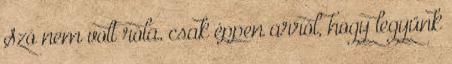
Szó nem volt róla, csak éppen arról, hogy legyünk